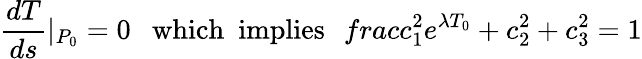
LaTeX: \frac{dT}{ds}\left|_{P_{0}}=0\right.\ \ \ \mathrm{which\ \ implies}\ \ \, frac{c_{1}^{2}}{e^{\lambda T_{0}}}+c_{2}^{2}+c_{3}^{2}=1